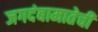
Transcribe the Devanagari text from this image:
जगदंबामातेची